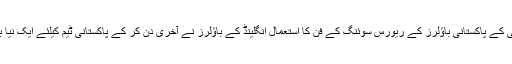
اسطرح ماضی کے پاکستانی باؤلرز کے ریورس سوئنگ کے فن کا استعمال انگلینڈ کے باؤلرز نے آخری دِن کر کے پاکستانی ٹیم کیلئے ایک نیا باب کھول دیا۔